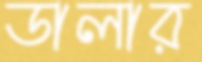
ডালার